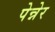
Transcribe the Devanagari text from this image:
पेन्नेर